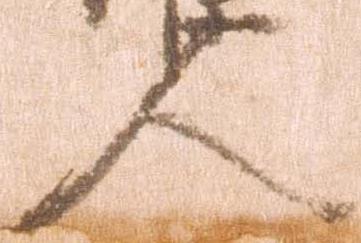
人